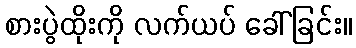
စားပွဲထိုးကို လက်ယပ် ခေါ်ခြင်း။